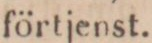
förtjenst.